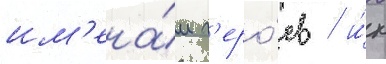
им'ена́м г'еро́ев / и́х